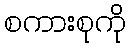
စကားစုကို